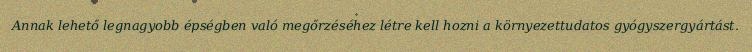
Annak lehető legnagyobb épségben való megőrzéséhez létre kell hozni a környezettudatos gyógyszergyártást.